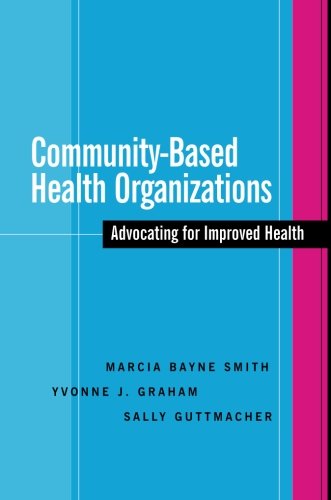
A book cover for Community-Based Health Organizations: Advocating for Improved Health; Marcia Bayne Smith; Medical Books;